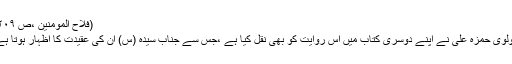
(فلاح المومنین ،ص ۲۰۹)
مولوی حمزہ علی نے اپنے دوسری کتاب میں اس روایت کو بھی نقل کیا ہے ،جس سے جناب سیدہ (س) ان کی عقیدت کا اظہار ہوتا ہے۔